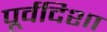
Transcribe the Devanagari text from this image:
पूर्वदिशा